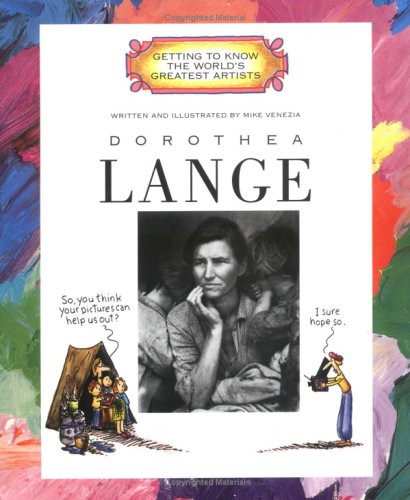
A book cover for Dorothea Lange (Getting to Know the World's Greatest Artists); Mike Venezia; Children's Books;